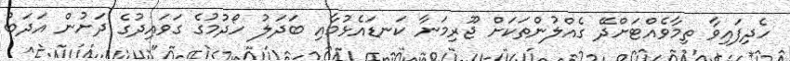
ހެދިފައިވާ ތިމާވެއްޓަށްދޭ ގެއްލުންތަކަށް ޖޫރިމަނާ ކަނޑައެޅުމާއި ބަދަލު ހޯދުމުގެ ގަވައިދުގެ ދަށުން އަދަބު